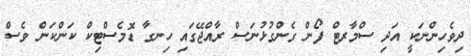
ދިވެހިންނަކީ އަދި ސްމާރޓް ފޯން ގެންގުޅުނަސް ރާއްޖޭގައި ހިނގާ ޑޮމެސްޓިކް ކަންކަން ވެސް